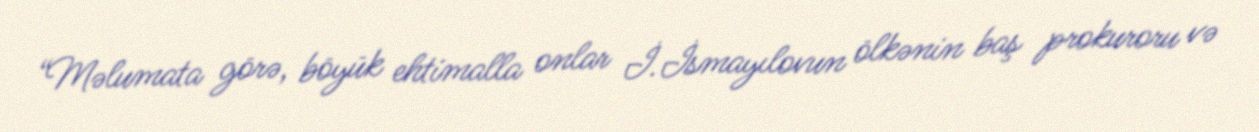
“Məlumata görə, böyük ehtimalla onlar İ.İsmayılovun ölkənin baş prokuroru və